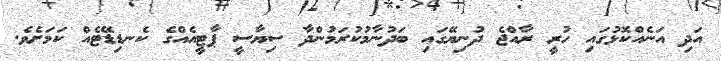
އަދި އަނެއްކޮޅުގައި ހުރީ ރާއްޖެ ދުނިޔޭގައި ބަދުނާމުކުރަމުންދާ ސިޔާސީ ޕާޓީއެއްގެ ކެނޑިޑޭޓެއް ކަމަށެވެ.